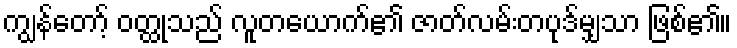
ကျွန်တော့် ဝတ္ထုသည် လူတယောက်၏ ဇာတ်လမ်းတပုဒ်မျှသာ ဖြစ်၏။